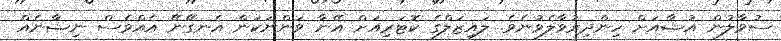
ސުވާލުން އުޝާއަށް ހިންދިރުވާލެވުނެވެ. ލައިޒަލްގެ ކޮޓަރިއަށް އޭނާ ވަންނަކަން އެނގޭނޭ އެއްވެސް ނިޝާނެއް